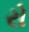
રો